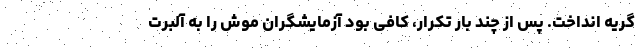
گریه انداخت. پس از چند بار تکرار، کافی بود آزمایشگران موش را به آلبرت